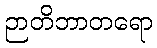
ဉာတိဘာတရော